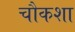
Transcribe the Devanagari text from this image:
चौकशा